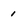
Character: i